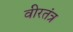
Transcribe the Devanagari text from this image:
वीरतंत्र